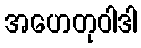
အဟေတုဝါဒါ